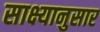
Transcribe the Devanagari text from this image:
साक्ष्यानुसार